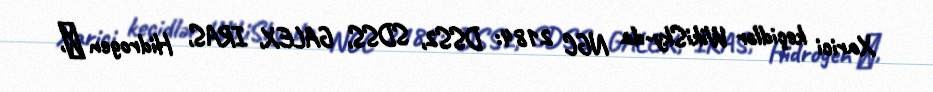
Xarici keçidlər WikiSky-da NGC 2184: DSS2, SDSS, GALEX, IRAS, Hidrogen α,